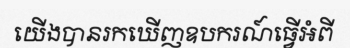
យើងបានរកឃើញឧបករណ៍ធ្វើអំពី